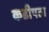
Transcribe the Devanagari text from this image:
कडीपता